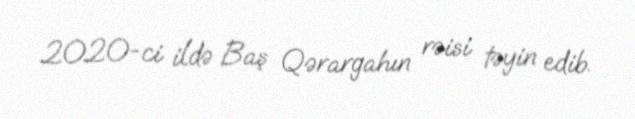
2020-ci ildə Baş Qərargahın rəisi təyin edib.